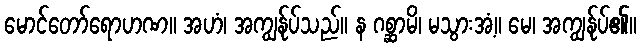
မောင်တော်ရောဟဏ။ အဟံ၊ အကျွန်ုပ်သည်။ န ဂစ္ဆာမိ၊ မသွားအံ့။ မေ၊ အကျွန်ုပ်၏။